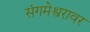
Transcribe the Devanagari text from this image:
संगमेश्वरावर